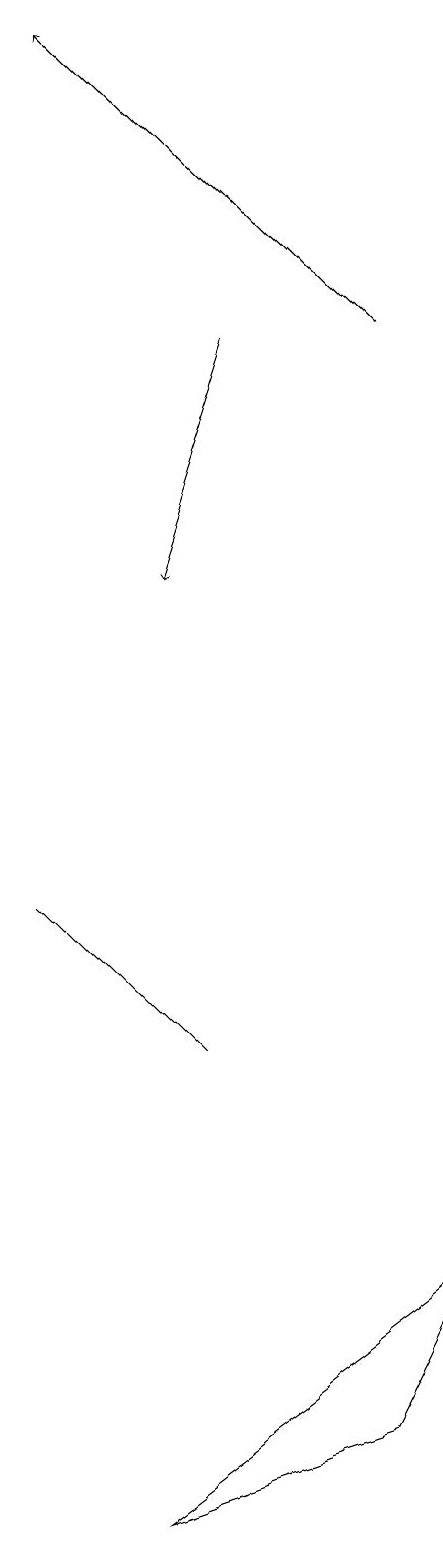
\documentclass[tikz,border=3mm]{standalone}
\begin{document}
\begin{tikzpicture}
\draw[->] (7,15) -- (6,12);
\draw (6,6) -- (4,8) -- (6,6) -- cycle;
\draw[->] (9,15) -- (5,19);
\draw (8,1) -- (9,3) -- (5,0) -- cycle;
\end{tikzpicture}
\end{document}